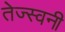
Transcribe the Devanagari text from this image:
तेज्स्वनी